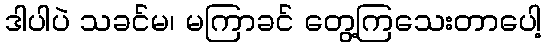
ဒါပါပဲ သခင်မ၊ မကြာခင် တွေ့ကြသေးတာပေါ့